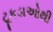
ટૂકડાઓથી